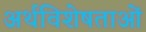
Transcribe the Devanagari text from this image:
अर्थविशेषताओं